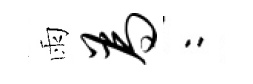
雨为欸